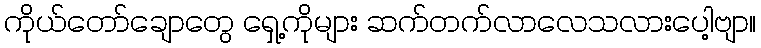
ကိုယ်တော်ချောတွေ ရှေ့ကိုများ ဆက်တက်လာလေသလားပေါ့ဗျာ။